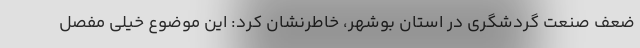
ضعف صنعت گردشگری در استان بوشهر، خاطرنشان کرد: این موضوع خیلی مفصل